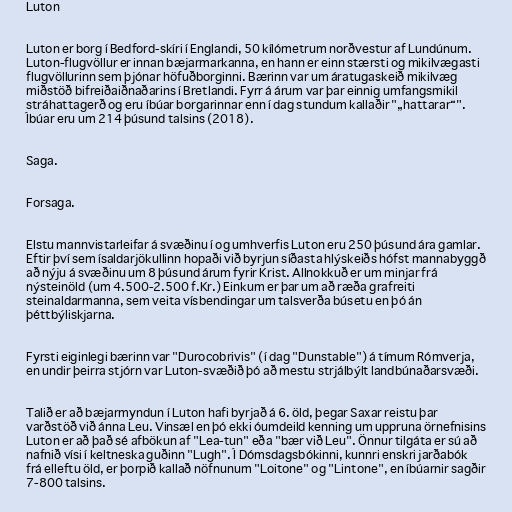
Luton

Luton er borg í Bedford-skíri í Englandi, 50 kílómetrum norðvestur af Lundúnum.
Luton-flugvöllur er innan bæjarmarkanna, en hann er einn stærsti og mikilvægasti
flugvöllurinn sem þjónar höfuðborginni. Bærinn var um áratugaskeið mikilvæg
miðstöð bifreiðaiðnaðarins í Bretlandi. Fyrr á árum var þar einnig umfangsmikil
stráhattagerð og eru íbúar borgarinnar enn í dag stundum kallaðir "„hattarar“".
Íbúar eru um 214 þúsund talsins (2018).

Saga.

Forsaga.

Elstu mannvistarleifar á svæðinu í og umhverfis Luton eru 250 þúsund ára gamlar.
Eftir því sem ísaldarjökullinn hopaði við byrjun síðasta hlýskeiðs hófst mannabyggð
að nýju á svæðinu um 8 þúsund árum fyrir Krist. Allnokkuð er um minjar frá
nýsteinöld (um 4.500-2.500 f.Kr.) Einkum er þar um að ræða grafreiti
steinaldarmanna, sem veita vísbendingar um talsverða búsetu en þó án
þéttbýliskjarna.

Fyrsti eiginlegi bærinn var "Durocobrivis" (í dag "Dunstable") á tímum Rómverja,
en undir þeirra stjórn var Luton-svæðið þó að mestu strjálbýlt landbúnaðarsvæði.

Talið er að bæjarmyndun í Luton hafi byrjað á 6. öld, þegar Saxar reistu þar
varðstöð við ánna Leu. Vinsæl en þó ekki óumdeild kenning um uppruna örnefnisins
Luton er að það sé afbökun af "Lea-tun" eða "bær við Leu". Önnur tilgáta er sú að
nafnið vísi í keltneska guðinn "Lugh". Í Dómsdagsbókinni, kunnri enskri jarðabók
frá elleftu öld, er þorpið kallað nöfnunum "Loitone" og "Lintone", en íbúarnir sagðir
7-800 talsins.